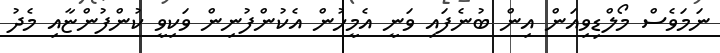
ނަމަވެސް މޯލްޑިވިއަން އިން ބުނެފައި ވަނީ އެމީހުން އެކުންފުނިން ވަކިވީ ކުންފުންޏާއި މެދު